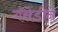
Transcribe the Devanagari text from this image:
गॅसेंडीने